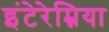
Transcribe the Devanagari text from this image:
इंटेरेम्निया